Schemes for the provision of education (Education (Scotland) Act, 1918, section 6), 1918
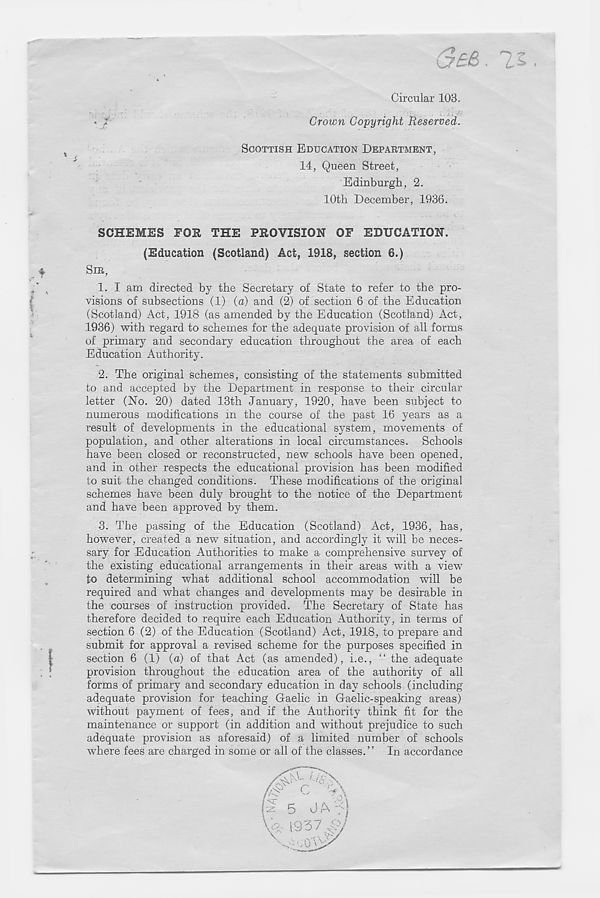
Circular 103.
Crown Copyright Reserved.
SCOTTISH EDUCATION DEPABTMENT,
14, Queen Street,
Edinburgh, 2.
10th December, 1936.
SCHEMES FOR THE PROVISION OF EDUCATION.
(Education (Scotland) Act, 1918, section 6.)
f
SIR,
1. I am directed by the Secretary of State to refer to the pro-
visions of subsections (1) (a) and (2) of section 6 of the Education
(Scotland) Act, 1918 (as amended by the Education (Scotland) Act,
1936) with regard to schemes for the adequate provision of all forms
of primary and secondary education throughout the area of each
Education Authority.
2. The original schemes, consisting of the statements submitted
to and accepted by the Department in response to their circular
letter (No. 20) dated 13th January, 1920, have been subject to
numerous modifications in the course of the past 16 years as a
result of developments in the educational system, movements of
population, and other alterations in local circumstances. Schools
have been closed or reconstructed, new schools have been opened,
and in other respects the educational provision has been modified
to suit the changed conditions. These modifications of the original
schemes have been duly brought to the notice of the Department
and have been approved by them.
3. The passing of the Education (Scotland) Act, 1936, has,
however, created a new situation, and accordingly it will be neces-
sary for Education Authorities to make a comprehensive survey of
the existing educational arrangements in their areas with a view r
to determining what additional school accommodation will be
required and what changes and developments may be desirable in
the courses of instruction provided. The Secretary of State has
therefore decided to require each Education Authority, in terms of
section 6 (2) of the Education (Scotland) Act, 1918, to prepare and
submit for approval a revised scheme for the purposes specified in
section 6 (1) (a) of that Act (as amended), i.e., “ the adequate
provision throughout the education area of the authority of all
forms of primary and secondary education in day schools (including
adequate provision for teaching Gaelic in Gaelic-speaking areas)
without payment of fees, and if the Authority think fit for the
maintenance or support (in addition and without prejudice to such
adequate provision as aforesaid) of a limited number of schools
where fees are charged in some or all of the classes.” In accordance